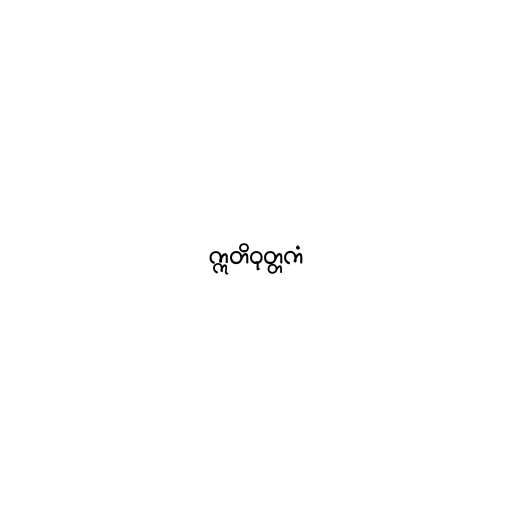
ဣတိဝုတ္တကံ